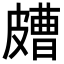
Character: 𥀛